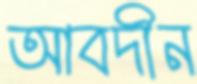
আবদীন